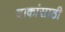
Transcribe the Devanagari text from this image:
चाकांसाठी